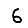
Digit: 6